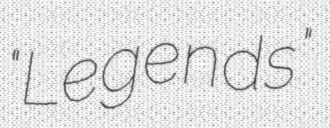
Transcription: "Legends"